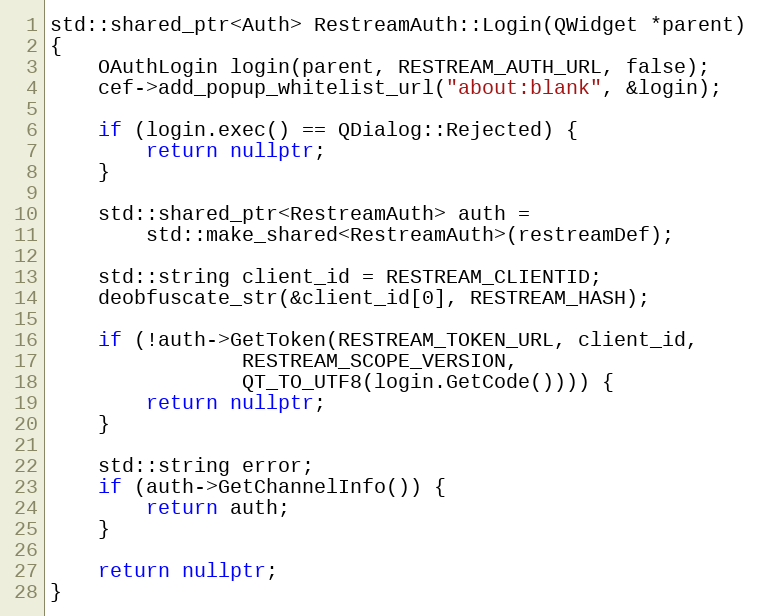
Language: C++
std::shared_ptr<Auth> RestreamAuth::Login(QWidget *parent)
{
	OAuthLogin login(parent, RESTREAM_AUTH_URL, false);
	cef->add_popup_whitelist_url("about:blank", &login);

	if (login.exec() == QDialog::Rejected) {
		return nullptr;
	}

	std::shared_ptr<RestreamAuth> auth =
		std::make_shared<RestreamAuth>(restreamDef);

	std::string client_id = RESTREAM_CLIENTID;
	deobfuscate_str(&client_id[0], RESTREAM_HASH);

	if (!auth->GetToken(RESTREAM_TOKEN_URL, client_id,
			    RESTREAM_SCOPE_VERSION,
			    QT_TO_UTF8(login.GetCode()))) {
		return nullptr;
	}

	std::string error;
	if (auth->GetChannelInfo()) {
		return auth;
	}

	return nullptr;
}